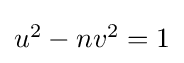
\textstyle u^{2}-nv^{2}=1